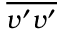
\overline { { v ^ { \prime } v ^ { \prime } } }